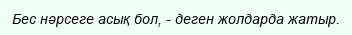
Бес нәрсеге асық бол, - деген жолдарда жатыр.